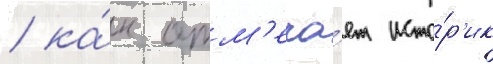
/ ка́к отм'еча́ет исто́р'ик